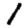
Digit: 1